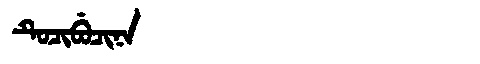
Manchu: ᡨᡠᠴᡳᠪᡠᠴᡳᠨᠠ
Romanization: TUCIBUCINA